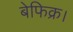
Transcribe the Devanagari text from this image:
बेफिक्र।